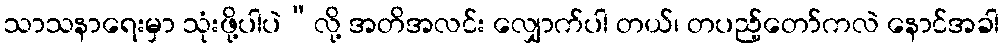
သာသနာရေးမှာ သုံးဖို့ပါပဲ”လို့ အတိအလင်း လျှောက်ပါ တယ်၊ တပည့်တော်ကလဲ နောင်အခါ